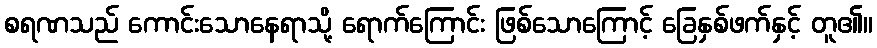
စရဏသည် ကောင်းသောနေရာသို့ ရောက်ကြောင်း ဖြစ်သောကြောင့် ခြေနှစ်ဖက်နှင့် တူ၏။